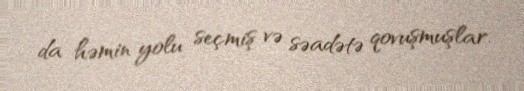
da həmin yolu seçmiş və səadətə qovuşmuşlar.